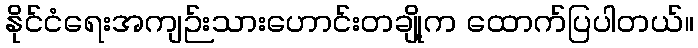
နိုင်ငံရေးအကျဉ်းသားဟောင်းတချို့က ထောက်ပြပါတယ်။